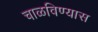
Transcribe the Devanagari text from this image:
चाळविण्यास